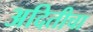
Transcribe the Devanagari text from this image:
अदितीचा